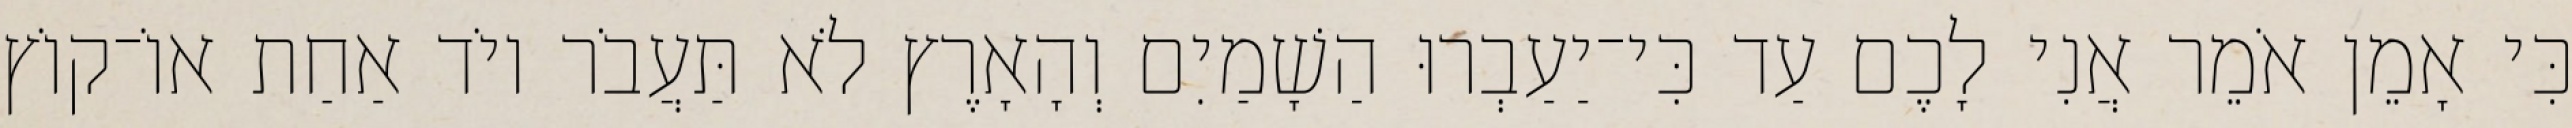
כִּי אָמֵן אֹמֵר אֲנִי לָכֶם עַד כִּי־יַעַבְרוּ הַשָׁמַיִם וְהָאָרֶץ לֹא תַּעֲבֹר יוֹד אַחַת אוֹ־קוֹץ